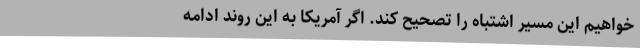
‌خواهیم این مسیر اشتباه را تصحیح کند. اگر آمریکا به این روند ادامه